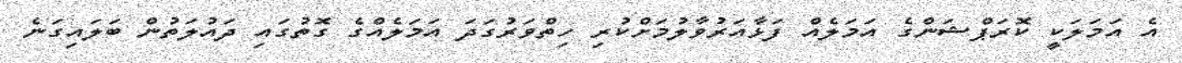
އެ އަމަލަކީ ކޮރަޕްޝަންގެ އަމަލެއް ފަޅާއަރުވާލުމަށްކުރި ހިތްވަރުގަދަ އަމަލެއްގެ ގޮތުގައި ދައުލަތުން ބަލައިގަނެ